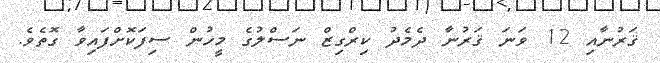
ޤަރުނާއި 12 ވަނަ ޤަރުނާ ދެމެދު ކިރްގިޒް ނަސްލުގެ މީހުން ސިފަކޮށްފައިވާ ގޮތެވެ.